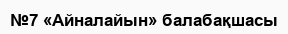
№7 «Айналайын» балабақшасы